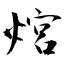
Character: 熍